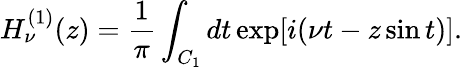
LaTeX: H_{\nu}^{(1)}(z)=\frac{1}{\pi}\int_{C_{1}}dt\exp[i(\nu t-z\sin t)].